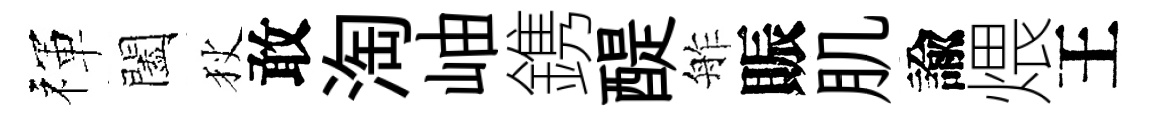
禈闔狄敢淘岫鎸醍舴賑肌諭煨王